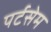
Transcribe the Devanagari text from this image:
पर्टसेम